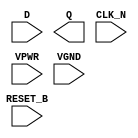
module sky130_fd_sc_hs__dfrtn (
    //# {{data|Data Signals}}
    input  D      ,
    output Q      ,

    //# {{control|Control Signals}}
    input  RESET_B,

    //# {{clocks|Clocking}}
    input  CLK_N  ,

    //# {{power|Power}}
    input  VPWR   ,
    input  VGND
);
endmodule